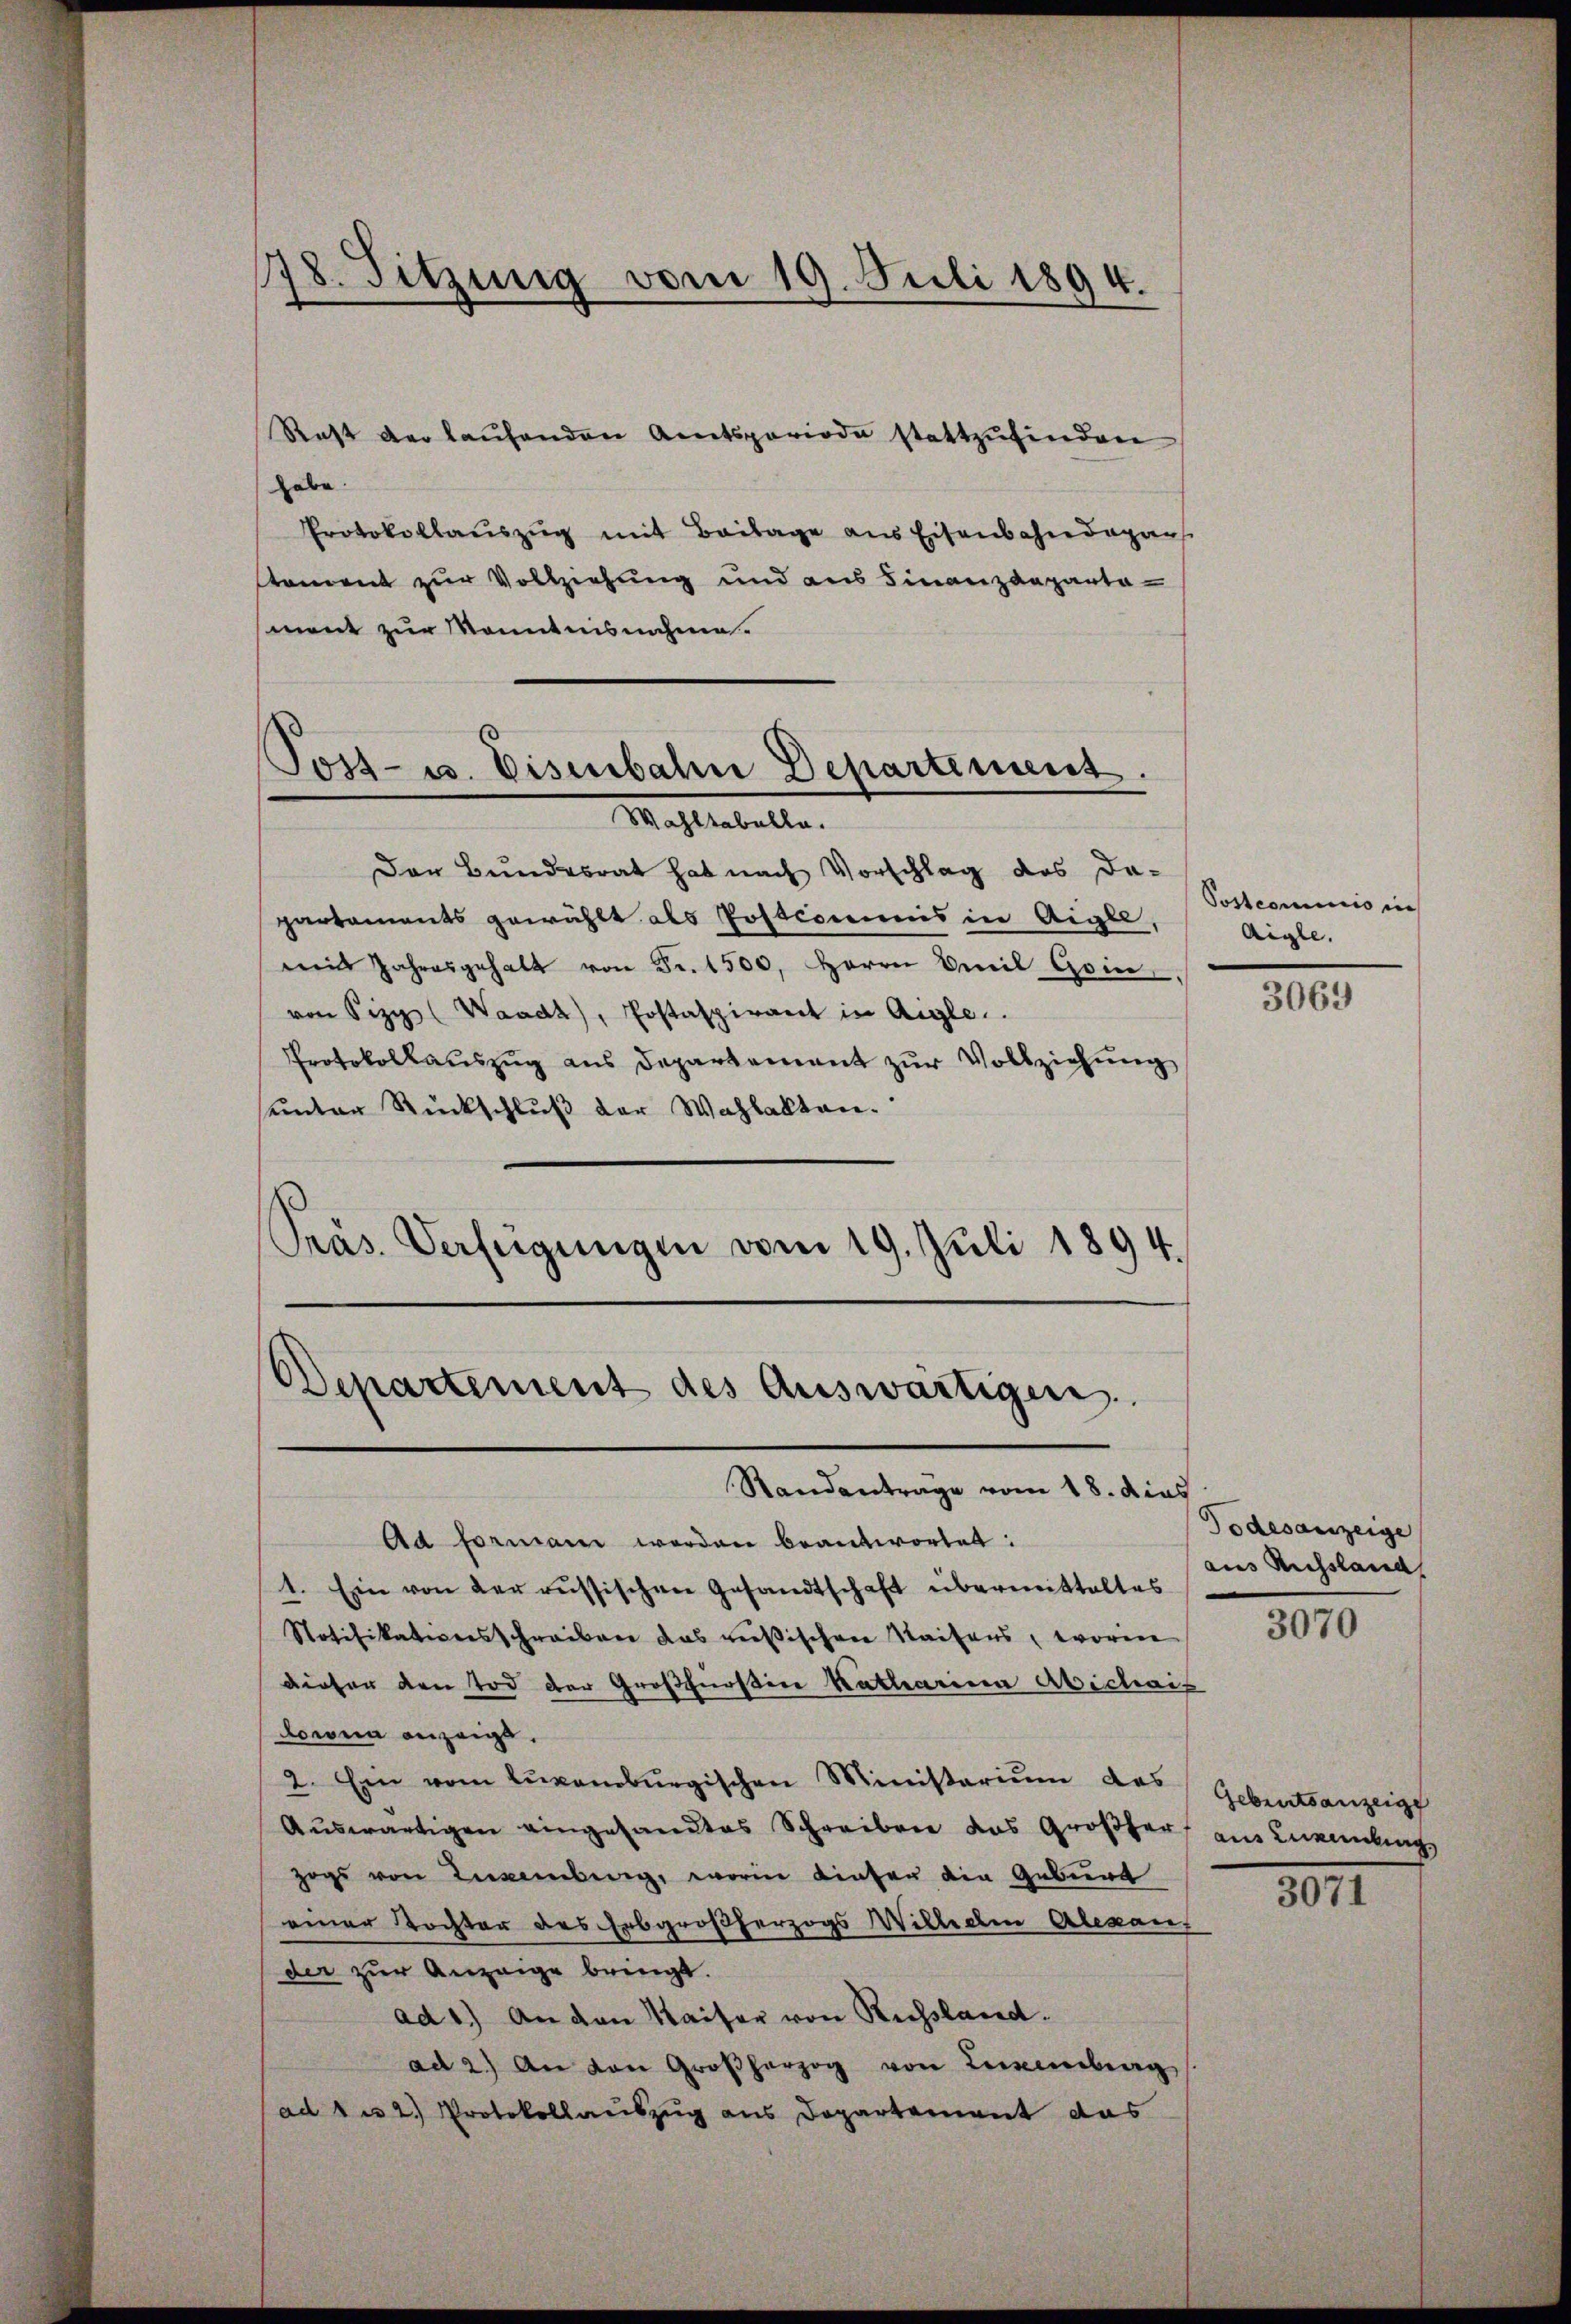
178. Sitzung vom 19. Juli 1894.

Rest der laŭfenden Amtsperiode stattzŭfinden
habe.
Protokollauszug mit Beilage aus Eisenbahndagans
stament zur Vollziehung und aus Finanzdepartament zur Kenntnisnahme.

Toss- u. Eisenbahn Departement.

Mahlenballe
Der Bundesrat hat nach Vorschlag des Da-
partements gewählt als Postcommis in Aigle,
mis Jahresgehalt von Fr. 1500, Herrn Emil Goin,
von Sizy (Waadt, Postaspirant in Aigle..
Protokollauszug aus Departement zur Vollziehung
seider Rückschlŭβ der Wahlakten.
Präs. Verfeigungen vom 19. Juli 1894.

Departement des Auswärtigen.
Standantrage vom 18. dies

Ad formann worden beantwortet:
1. Ein von der russischen Gesandtschaft übermittaltes
Notifikationsschreiben das resischen Saifers, worin
dieser den Tod der Großfürstin Katharina Abichais
onia anzeige,
2. Ein vom lŭpanoburgischen Ministerium des
Auswärtigen eingesandtes Schreiben das Großherz aus Luxenbing
zogs von Lebenberg, worin dieser die Geburt
einer Tochter des Erbgroßherzogs Wilhelm Alexander zur Anzeige bringt.
ad 1.) An den Kaiser von Russland.
ad 2.) An von Großherzog von Lemberg
ad 1 u 2.) Protokollauszug aus Departement das

Postcommis in
Aigle.

3069

Todesanzeige
aus Russland
3070

Geburtsanzeige

3011